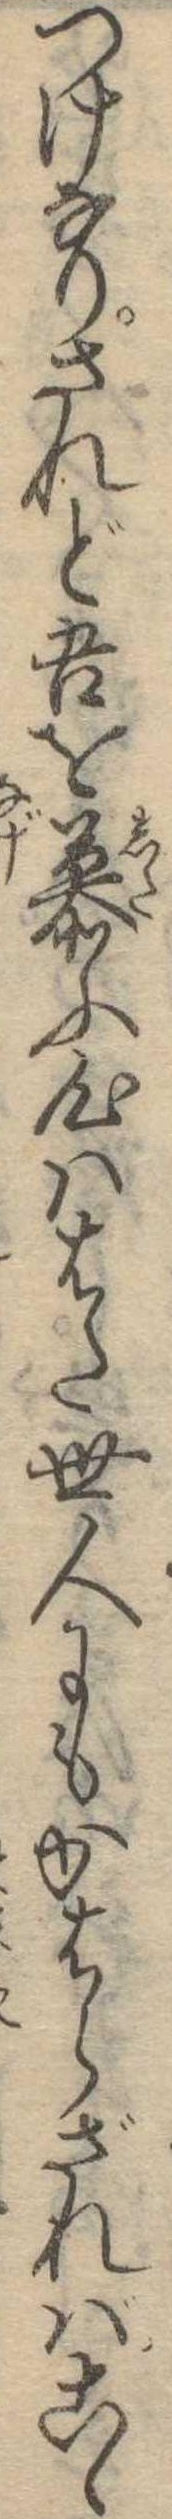
つけなりされど吾を慕ふ心ははた世人にもかはらざればこゝ